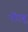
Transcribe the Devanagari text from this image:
नोरबू